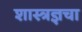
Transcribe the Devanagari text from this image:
शास्त्रज्ञचा